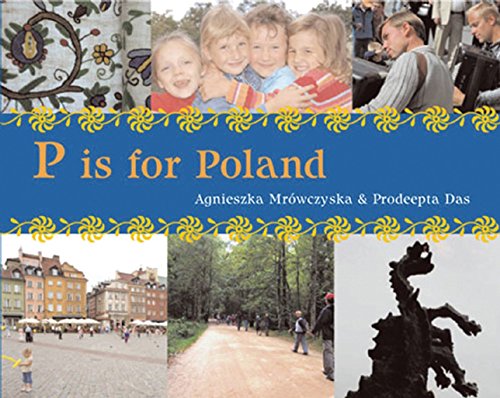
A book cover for P is for Poland (World Alphabets); Agnieska Mrowczynska; Children's Books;